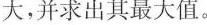
大，并求出其最大值。